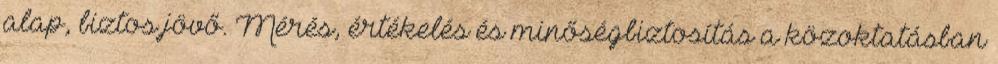
alap, biztos jövő. Mérés, értékelés és minőségbiztosítás a közoktatásban